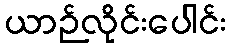
ယာဉ်လိုင်းပေါင်း